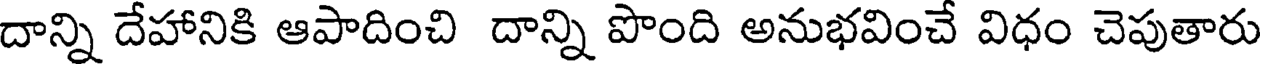
దాన్ని దేహానికి ఆపాదించి దాన్ని పొంది అనుభవించే విధం చెపుతారు